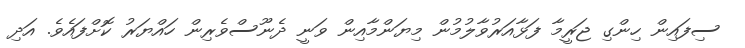
ސިފައިން ހިންގި ޖަރީމާ ފަޅާއަރުވާލުމުން މިޔަންމާއިން ވަނީ ދެނޫސްވެރިން ހައްޔަރު ކޮށްފައެވެ. އަދި